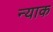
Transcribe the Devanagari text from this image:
न्याक